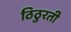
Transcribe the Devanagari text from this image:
ठिठुरती